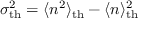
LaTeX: \sigma _ { \mathrm { t h } } ^ { 2 } = \langle n ^ { 2 } \rangle _ { \mathrm { t h } } - \langle n \rangle _ { \mathrm { t h } } ^ { 2 }